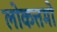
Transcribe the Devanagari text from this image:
लोकत्तमो